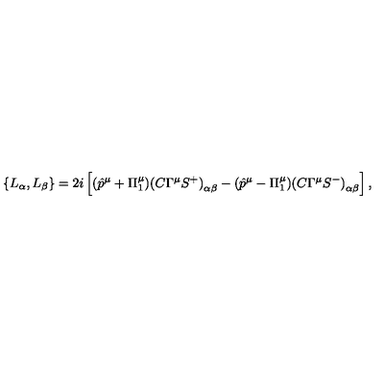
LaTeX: \left\{ L _ { \alpha } , L _ { \beta } \right\} = 2 i \left[ ( \hat { p } ^ { \mu } + \Pi _ { 1 } ^ { \mu } ) { ( C \Gamma ^ { \mu } S ^ { + } ) } _ { \alpha \beta } - ( \hat { p } ^ { \mu } - \Pi _ { 1 } ^ { \mu } ) { ( C \Gamma ^ { \mu } S ^ { - } ) } _ { \alpha \beta } \right] ,